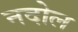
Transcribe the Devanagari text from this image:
नदोल